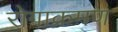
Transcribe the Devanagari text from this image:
रोगाक्रमण